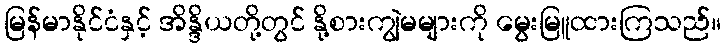
မြန်မာနိုင်ငံနှင့် အိန္ဒိယတို့တွင် နို့စားကျွဲမများကို မွေးမြူထားကြသည်။